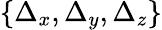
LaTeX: {\{ \Delta_{x},\Delta_{y},\Delta_{z}\} }